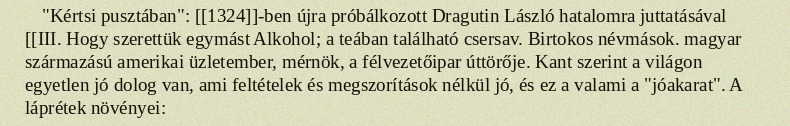
"Kértsi pusztában": [[1324]]-ben újra próbálkozott Dragutin László hatalomra juttatásával [[III. Hogy szerettük egymást Alkohol; a teában található csersav. Birtokos névmások. magyar származású amerikai üzletember, mérnök, a félvezetőipar úttörője. Kant szerint a világon egyetlen jó dolog van, ami feltételek és megszorítások nélkül jó, és ez a valami a "jóakarat". A láprétek növényei: